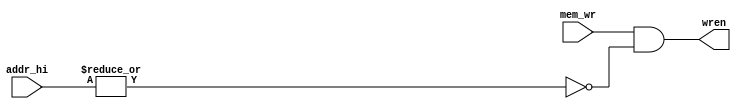
`timescale 1ns / 1ps
//////////////////////////////////////////////////////////////////////////////////
// Company: 
// Engineer: 
// 
// Design Name: 
// Module Name:    dmem_write_protect 
// Project Name: 
// Target Devices: 
// Tool versions: 
// Description: 
//
// Dependencies: 
//
// Revision: 
// Revision 0.01 - File Created
// Additional Comments: 
//
//////////////////////////////////////////////////////////////////////////////////
module dmem_write_protect(
    input mem_wr,
    input [31:0] addr_hi,
    output wren
    );
	 
	 assign wren = mem_wr & ~(| addr_hi[31:0]);


endmodule